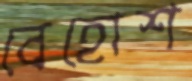
বেহোশ